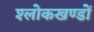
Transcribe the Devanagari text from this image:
श्लोकखण्डों